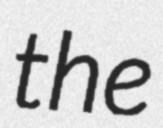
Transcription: the